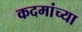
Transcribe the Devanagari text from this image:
कदमांच्या